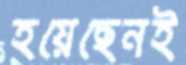
হয়েছেনই